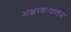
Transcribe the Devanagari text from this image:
अक्षरशःपालन